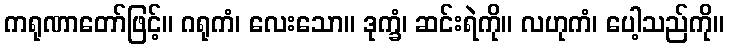
ကရုဏာတော်ဖြင့်။ ဂရုကံ၊ လေးသော။ ဒုက္ခံ၊ ဆင်းရဲကို။ လဟုကံ၊ ပေါ့သည်ကို။